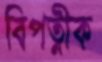
বিপত্নীক